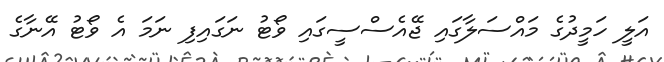
އަލީ ހަމީދުގެ މައްސަލާގައި ޖޭއެސްސީގައި ވޯޓު ނަގައިފި ނަމަ އެ ވޯޓު އޭނާގެ